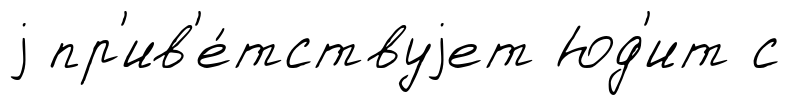
j пр'ив'е́тствуjет Юд'ит с